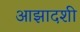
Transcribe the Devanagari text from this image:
आझादशी